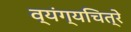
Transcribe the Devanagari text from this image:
व्यंग्यचित्रे